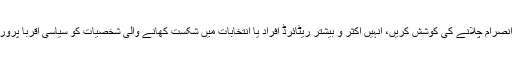
لیکن بدقسمتی سے ایسا بہت کم دیکھنے میں آتا ہے کہ سیاسی جماعتیں منتخب اراکین سے ہی انتظام و انصرام چلانے کی کوشش کریں، انہیں اکثر و بیشتر ریٹائرڈ افراد یا انتخابات میں شکست کھانے والی شخصیات کو سیاسی اقربا پروری کی بنا پر کابینہ میں شامل کرنا پڑتا ہے، جس کے باعث سیاسی کارکن کی حوصلہ شکنی ہوتی ہے۔